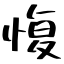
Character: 愎